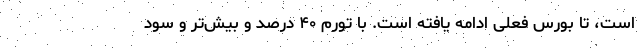
است، تا بورس فعلی ادامه یافته است. با تورم ۴۰ درصد و بیش‌تر و سود